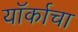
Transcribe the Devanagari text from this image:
यॉर्काचा